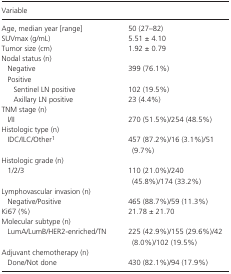
| Variable |  |
 | --- | --- |
 | Age, median year [range] | 50 (27–82) |
 | SUVmax (g/mL) | 5.51 ± 4.10 |
 | Tumor size (cm) | 1.92 ± 0.79 |
 | <COLSPAN=2> Nodal status (n) |
 | Negative | 399 (76.1%) |
 | <COLSPAN=2> Positive |
 | Sentinel LN positive | 102 (19.5%) |
 | Axillary LN positive | 23 (4.4%) |
 | <COLSPAN=2> TNM stage (n) |
 | I/II | 270 (51.5%)/254 (48.5%) |
 | <COLSPAN=2> Histologic type (n) |
 | IDC/ILC/Othera | 457 (87.2%)/16 (3.1%)/51 (9.7%) |
 | <COLSPAN=2> Histologic grade (n) |
 | 1/2/3 | 110 (21.0%)/240 (45.8%)/174 (33.2%) |
 | <COLSPAN=2> Lymphovascular invasion (n) |
 | Negative/Positive | 465 (88.7%)/59 (11.3%) |
 | Ki67 (%) | 21.78 ± 21.70 |
 | <COLSPAN=2> Molecular subtype (n) |
 | LumA/LumB/HER2‐enriched/TN | 225 (42.9%)/155 (29.6%)/42 (8.0%)/102 (19.5%) |
 | <COLSPAN=2> Adjuvant chemotherapy (n) |
 | Done/Not done | 430 (82.1%)/94 (17.9%) |